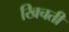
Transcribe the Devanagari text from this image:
खिचती